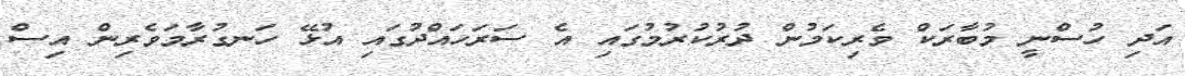
އަދި ހުސްނީ މުބާރަކް ވެރިކަމުން ދުރުކުރުމުގައި އެ ސަރަހައްދުގައި އުޅޭ ހަނގުރާމަވެރިން އިސް